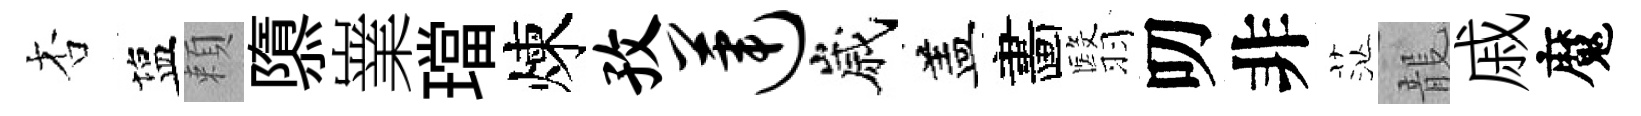
杏塩頼隳嶪璫煉孜莲嵗盖畵翳叨非茫龍戚魔